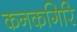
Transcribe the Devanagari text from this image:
कनकगिरि